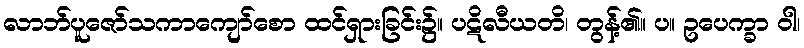
လာဘ်ပူဇော်သကာကျော်စော ထင်ရှားခြင်း၌။ ပဋိလီယတိ၊ တွန့်၏။ ပ။ ဥပေက္ခာ ဝါ၊